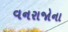
વનરાજોના